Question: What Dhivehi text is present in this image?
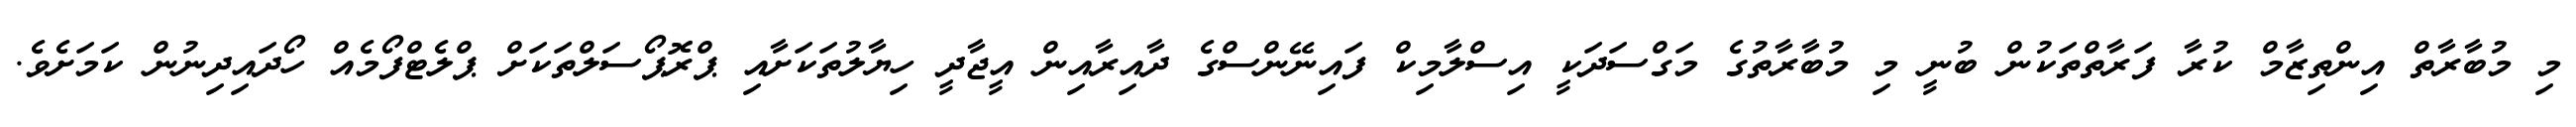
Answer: މި މުބާރާތް އިންތިޒާމް ކުރާ ފަރާތްތަކުން ބުނީ މި މުބާރާތުގެ މަގްސަދަކީ އިސްލާމިކް ފައިނޭންސްގެ ދާއިރާއިން އީޖާދީ ހިޔާލުތަކަށާއި ޕްރޮޕޯސަލްތަކަށް ޕްލެޓްފޯމެއް ހޯދައިދިނުން ކަމަށެވެ.